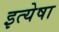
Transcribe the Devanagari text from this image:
इत्येषा